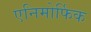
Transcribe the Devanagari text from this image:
एनिमोर्फिक